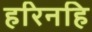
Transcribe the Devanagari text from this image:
हरिनहि